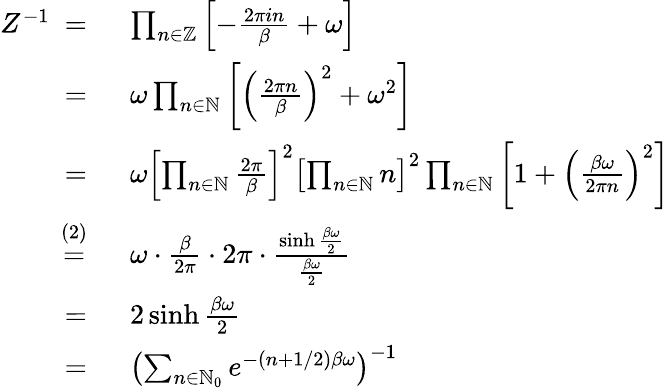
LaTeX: \begin{array}{rl}{Z^{-1}~=~}&{\prod_{n\in\mathbb{Z}}\left[-\frac{2\pi in}{\beta}+\omega\right]}\\ {~=~}&{\omega\prod_{n\in\mathbb{N}}\left[\left(\frac{2\pi n}{\beta}\right)^{2}+\omega^{2}\right]}\\ {~=~}&{\omega\left[\prod_{n\in\mathbb{N}}\frac{2\pi}{\beta}\right]^{2}\left[\prod_{n\in\mathbb{N}}n\right]^{2}\prod_{n\in\mathbb{N}}\left[1+\left(\frac{\beta\omega}{2\pi n}\right)^{2}\right]}\\ {~\stackrel{(2)}{=}~}&{\omega\cdot\frac{\beta}{2\pi}\cdot 2\pi\cdot\frac{\sinh\frac{\beta\omega}{2}}{\frac{\beta\omega}{2}}}\\ {~=~}&{2\sinh\frac{\beta\omega}{2}}\\ {~=~}&{\left(\sum_{n\in\mathbb{N}_{0}}e^{-(n+1/2)\beta\omega}\right)^{-1}}\end{array}